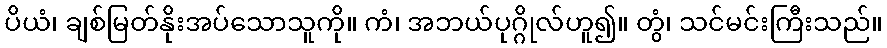
ပိယံ၊ ချစ်မြတ်နိုးအပ်သောသူကို။ ကံ၊ အဘယ်ပုဂ္ဂိုလ်ဟူ၍။ တွံ၊ သင်မင်းကြီးသည်။